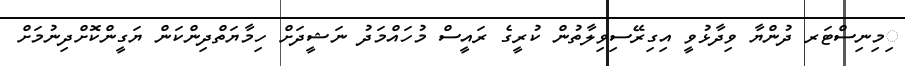
ިމިނިސްޓަރ ދުންޔާ ވިދާޅުވީ އިގިރޭސިވިލާތުން ކުރީގެ ރައީސް މުހައްމަދު ނަޝީދަށް ހިމާޔަތްދިންކަން ޔަގީންކޮށްދިނުމަށް